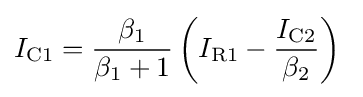
I_{\text{C1}}={\frac {\beta _{1}}{\beta _{1}+1}}\left(I_{\text{R1}}-{\frac {I_{\text{C2}}}{\beta _{2}}}\right)\